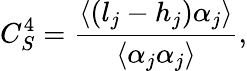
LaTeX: C_{S}^{4}=\frac{\langle(l_{j}-h_{j})\alpha_{j}\rangle}{\langle\alpha_{j}\alpha_{j}\rangle},